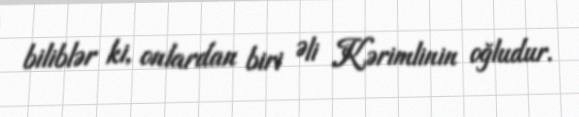
biliblər ki, onlardan biri Əli Kərimlinin oğludur.